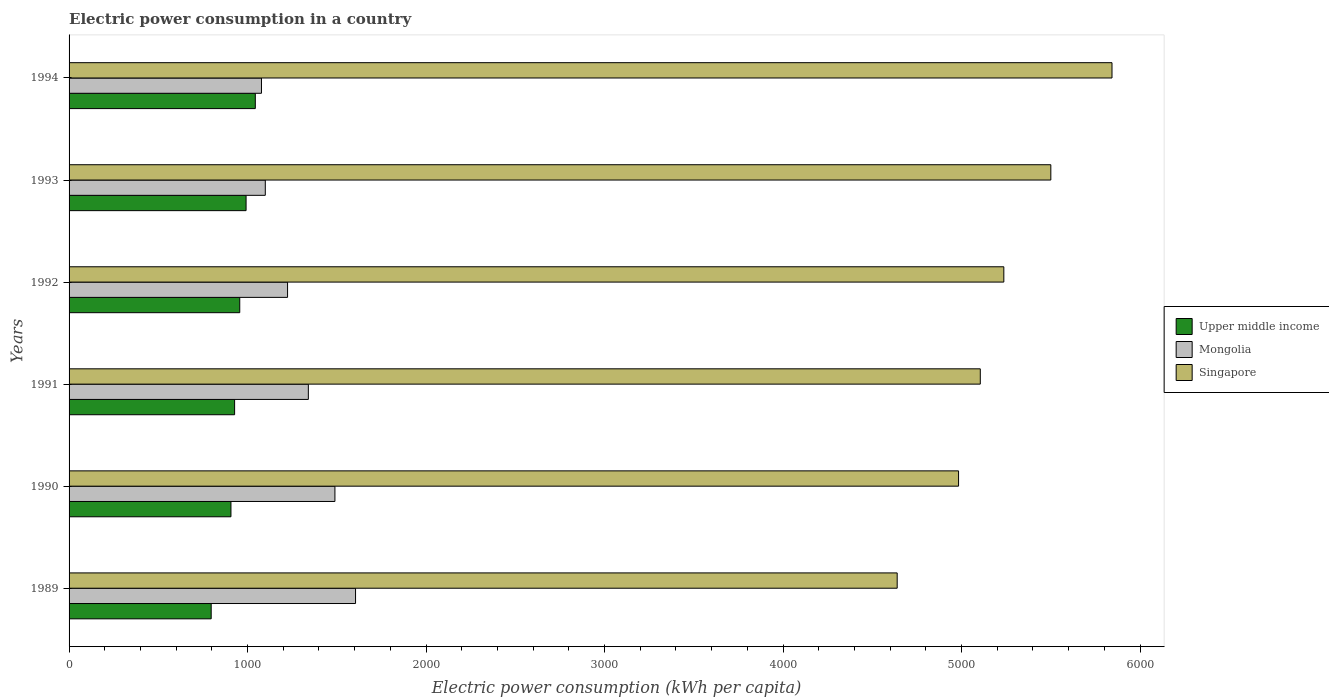
| Years | Upper middle income | Mongolia | Singapore |
 | --- | --- | --- | --- |
 | 1989 | 796 | 1.6e+03 | 4.64e+03 |
 | 1990 | 907 | 1.49e+03 | 4.98e+03 |
 | 1991 | 927 | 1.34e+03 | 5.1e+03 |
 | 1992 | 956 | 1.22e+03 | 5.24e+03 |
 | 1993 | 992 | 1.1e+03 | 5.5e+03 |
 | 1994 | 1.04e+03 | 1.08e+03 | 5.84e+03 |